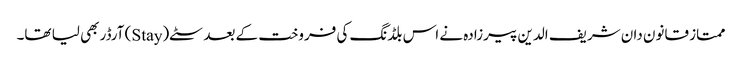
ممتاز قانون دان شریف الدین پیرزادہ نے اس بلڈنگ کی فروخت کے بعد سٹے(Stay) آرڈر بھی لیا تھا۔